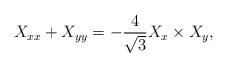
LaTeX: \begin{align*} X_{xx}+X_{yy} = -\frac{4}{\sqrt{3}} X_x \times X_y, \end{align*}